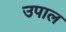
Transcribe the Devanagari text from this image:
उपाल